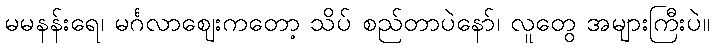
မမနန်းရေ၊ မင်္ဂလာဈေးကတော့ သိပ် စည်တာပဲနော်၊ လူတွေ အများကြီးပဲ။